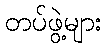
တပ်ဖွဲ့များ